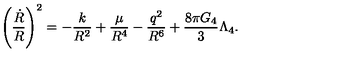
\left( \frac { \dot { R } } { R } \right) ^ { 2 } = - \frac { k } { R ^ { 2 } } + \frac { \mu } { R ^ { 4 } } - \frac { q ^ { 2 } } { R ^ { 6 } } + \frac { 8 \pi G _ { 4 } } { 3 } \Lambda _ { 4 } .